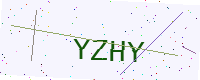
Text: YZHY